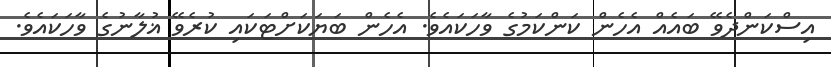
އިސްކަންދެވޭ ބައެއް އެހެން ކަންކަމުގެ ވާހަކައެވެ. އެހެން ބަޔަކަށްޓަކައި ކުރެވޭ ޣުލާނުގެ ވާހަކައެވެ.